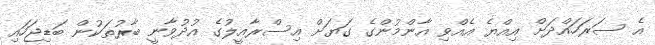
އެ ސަރަހައްދަށް އިއްޔެ އެއްވި އާންމުންގެ ގަޔަށް އިސްރާއީލުގެ އުދުވާނީ ބާރުތަކުން ބަޑިޖަހައި